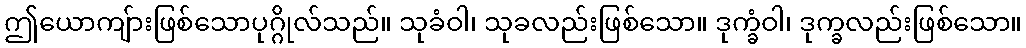
ဤယောကျ်ားဖြစ်သောပုဂ္ဂိုလ်သည်။ သုခံဝါ၊ သုခလည်းဖြစ်သော။ ဒုက္ခံဝါ၊ ဒုက္ခလည်းဖြစ်သော။